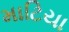
માટિયા